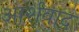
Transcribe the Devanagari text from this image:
आर्शवाद